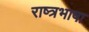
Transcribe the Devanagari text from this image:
राष्त्रभाषा